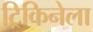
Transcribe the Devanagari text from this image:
ट्रिकिनेला